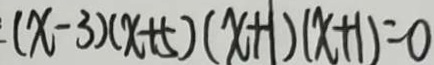
( x - 3 ) ( x + 5 ) ( x + 1 ) ( x + 1 ) = 0